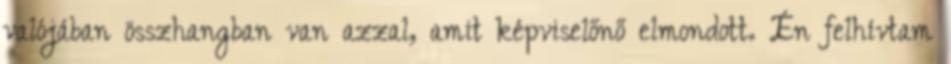
valójában összhangban van azzal, amit képviselőnő elmondott. Én felhívtam